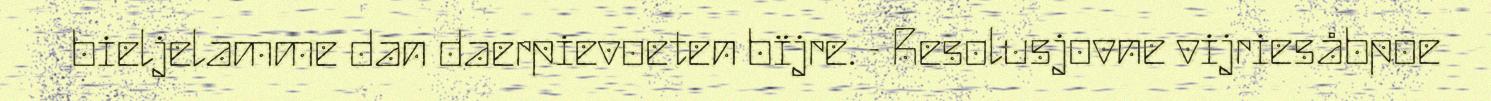
bieljelamme dan daerpievoeten bïjre. - Resolusjovne vijriesåbpoe